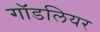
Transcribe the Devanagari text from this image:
गॉडलियर